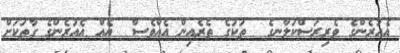
އެއުރެންގެ ވެރިރަސްކަލާނގެ  ތަކުގެ ތެރެއިން އެއްވެސް  އެއް އެއުރެންގެ ގާތަކަށް